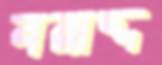
বরাদ্দ